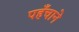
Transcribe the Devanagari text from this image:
पहँचाने